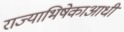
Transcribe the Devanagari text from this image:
राज्याभिषेकाआधी